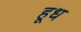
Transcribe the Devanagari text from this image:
हूध